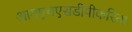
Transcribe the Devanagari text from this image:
आयएचएसडीपीकरिता